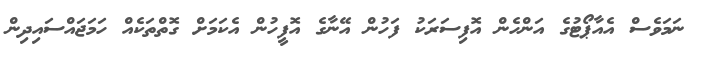
ނަމަވެސް އެއާޕޯޓުގެ އަންހެން އޮފިސަރަކު ފަހުން އޭނާގެ އޮފީހުން އެކަމަށް ގޮތްތަކެއް ހަމަޖައްސައިދިން